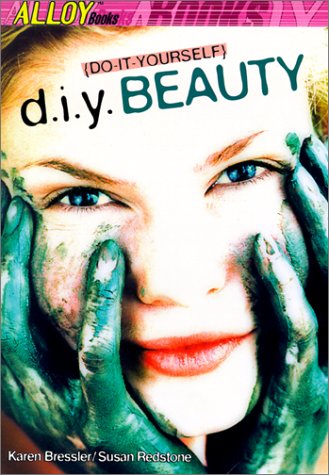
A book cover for Do It Yourself Beauty; Alloy Publishers; Teen & Young Adult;